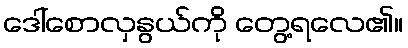
ဒေါ်စောလှနွယ်ကို တွေ့ရလေ၏။